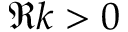
\Re k > 0